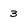
Character: 3